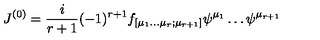
{ J } ^ { ( 0 ) } = \frac { i } { r + 1 } ( - 1 ) ^ { r + 1 } f _ { [ \mu _ { 1 } \dots \mu _ { r } ; \mu _ { r + 1 } ] } \psi ^ { \mu _ { 1 } } \dots \psi ^ { \mu _ { r + 1 } }